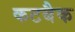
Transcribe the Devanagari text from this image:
कटबैक